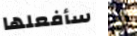
سأفعلها قد